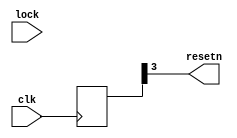
module reset(input clk,input lock,output resetn);
wire clk, resetn;
reg [3:0] PLL_LOCKED_BUF;


always @(posedge clk)
    PLL_LOCKED_BUF <= {PLL_LOCKED_BUF, PLL_LOCKED};

assign resetn = PLL_LOCKED_BUF[3];

endmodule